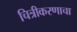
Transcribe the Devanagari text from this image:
चित्रीकरणाचा